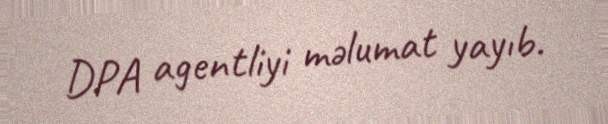
DPA agentliyi məlumat yayıb.